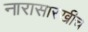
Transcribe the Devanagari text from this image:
नारासारखीच